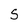
Character: 5